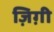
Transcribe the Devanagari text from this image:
ज़िग़ी